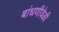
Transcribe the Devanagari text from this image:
बांधणीवेळी